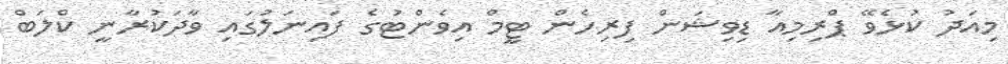
މިއަދު ކުޅެވޭ ޕްރިމިއާ ޑިވިޝަން ފިރިހެން ޓީމް އިވެންޓުގެ ފައިނަލުގައި ވާދަކުރާނީ ކްލަބް